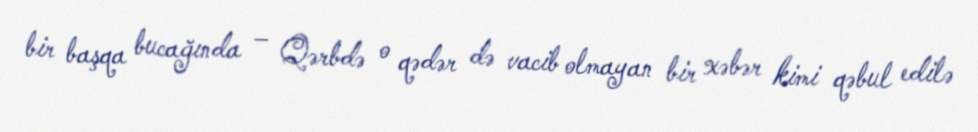
bir başqa bucağında – Qərbdə o qədər də vacib olmayan bir xəbər kimi qəbul edilə